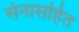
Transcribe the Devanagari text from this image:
सेनासहित